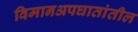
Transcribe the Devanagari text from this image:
विमानअपघातांतील